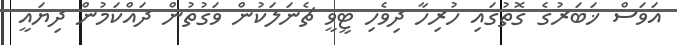
އަވަސް ޚަބަރުގެ ގޮތުގައި ހުރިހާ ދިވެހި ޓީވީ ޗެނަލަކުން ވަގުތުން ދައްކަމުން ދިޔައީ